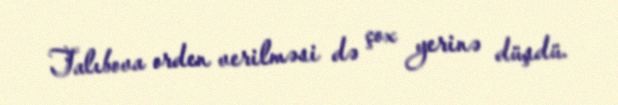
Talıbova orden verilməsi də çox yerinə düşdü.